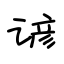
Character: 谚